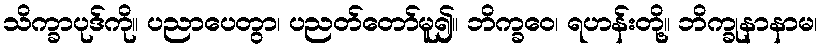
သိက္ခာပုဒ်ကို။ ပညာပေတွာ၊ ပညတ်တော်မူ၍။ ဘိက္ခဝေ၊ ရဟန်းတို့။ ဘိက္ခုနာနာမ၊